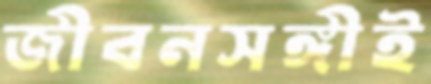
জীবনসঙ্গীই